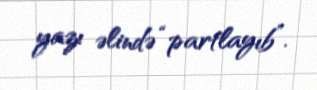
yazı əlində “partlayıb”.